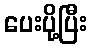
ပေးပို့ပြီး